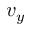
v _ { y }